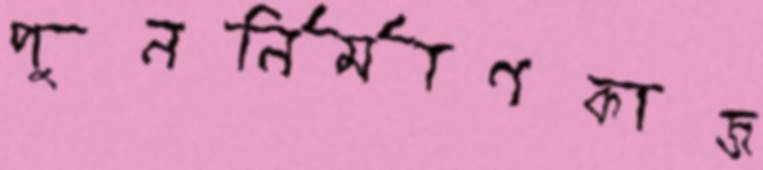
পুনর্নির্মাণকাজ